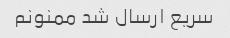
سریع ارسال شد ممنونم